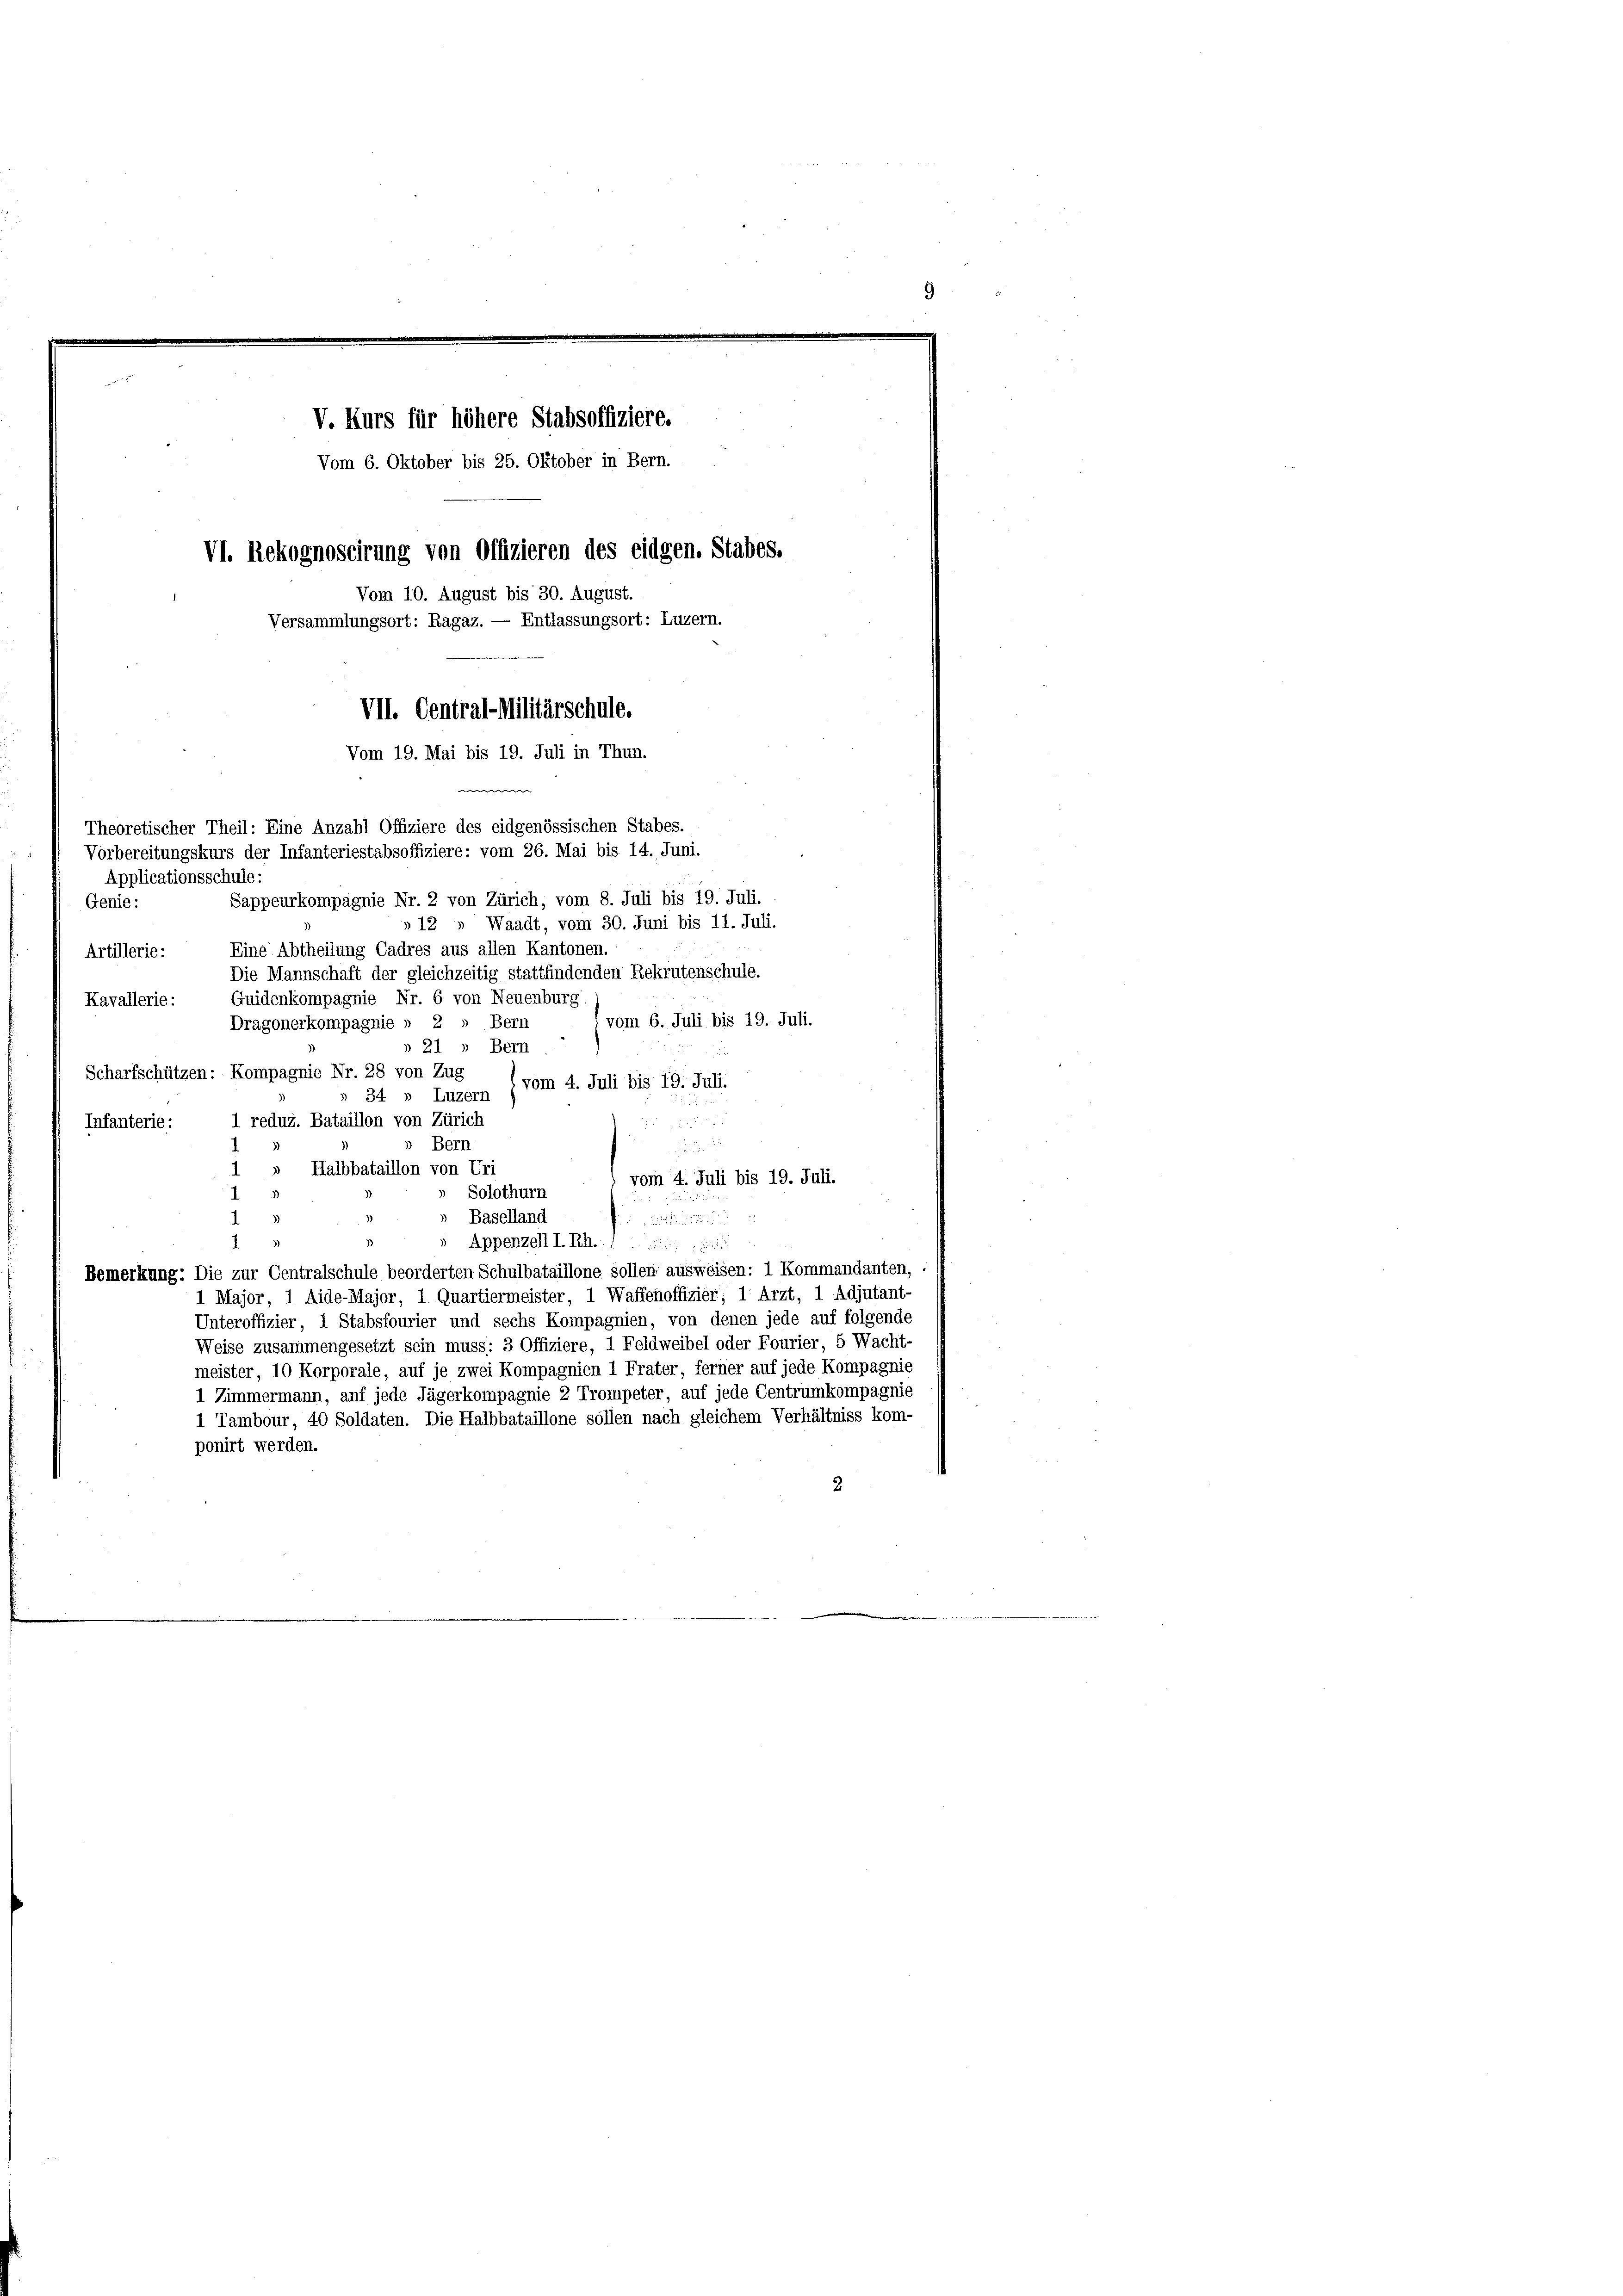
Applicationsschule:
Genie:

Infanterie:

V. Kurs für höhere Stabsoffiziere.
Vom 6. Oktober bis 25. Oktober in Bern.
VI. Rekognoscirung von Offizieren des eidgen. Stabes.
Vom 10. August bis 30. August.
Versammlungsort: Ragaz. — Entlassungsort: Luzern.
VII. Central-Militärschule.

Sappeurkompagnie Nr. 2 von Zürich, vom 8. Juli bis 19. Juli.
» 12 " Waadt, vom 30. Juni bis 11. Juli.
Eine Abtheilung Cadres aus allen Kantonen.
Artillerie:
Die Mannschaft der gleichzeitig stattfindenden Rekrutenschule.
Guidenkompagnie Nr. 6 von Neuenburg.
Kavallerie:
 vom 6. Juli bis 19. Juli.
Dragonerkompagnie » 2 » Bern
» 21 » Bern
Scharfschützen: Kompagnie Nr. 28 von Zug
vom 4. Juli bis 19. Juli.
34 » Luzern
1 redus. Bataillon von Zürich
Bern
n
1 " Halbbataillon von Uri
vom 4. Juli bis 19. Juli.
Solothurn
Baselland

Appenzell I.Rh. 1
I
Bemerkung: Die zur Centralschule beorderten Schulbataillone sollen ausweisen: 1 Kommandanten,
1 Major, 1 Aide-Major, 1 Quartiermeister, 1 Waffenoffizier; 1 Arzt, 1 Adjutant-
Unteroffizier, 1 Stabsfourier und sechs Kompagnien, von denen jede auf folgende
Weise zusammengesetzt sein muss: 3 Offiziere, 1 Feldweibel oder Fourier, 5 Wacht-
meister, 10 Korporale, auf je zwei Kompagnien 1 Frater, ferner auf jede Kompagnie
1 Zimmermann, auf jede Jägerkompagnie 2 Trompeter, auf jede Centrumkompagnie
1 Tambour, 40 Soldaten. Die Halbbataillone sollen nach gleichem Verhältniss kom-
ponirt werden.

Vom 19. Mai bis 19. Juli in Thun.
w
Theoretischer Theil: Eine Anzahl Offiziere des eidgenössischen Stabes.
Vorbereitungskurs der Infanteriestabsoffiziere: vom 26. Mai bis 14. Juni.